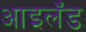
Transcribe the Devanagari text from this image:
आइलॅंड